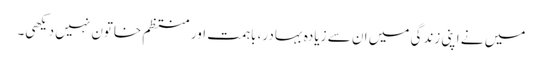
میں نے اپنی زندگی میں ان سے زیادہ بہادر، باہمت اور منتظم خاتون نہیں دیکھی۔